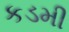
કડમી